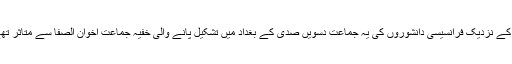
ان کے نزدیک فرانسیسی دانشوروں کی یہ جماعت دسویں صدی کے بغداد میں تشکیل پانے والی خفیہ جماعت اخوان الصفا سے متاثر تھے۔